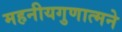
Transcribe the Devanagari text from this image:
महनीयगुणात्मने